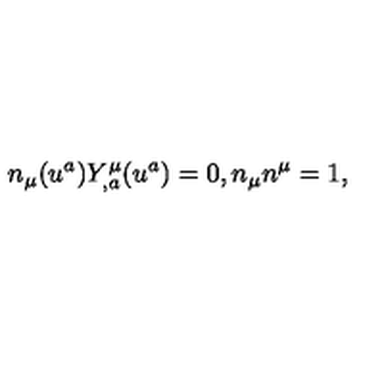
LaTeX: n _ { \mu } ( u ^ { a } ) Y _ { , a } ^ { \mu } ( u ^ { a } ) = 0 , n _ { \mu } n ^ { \mu } = 1 ,